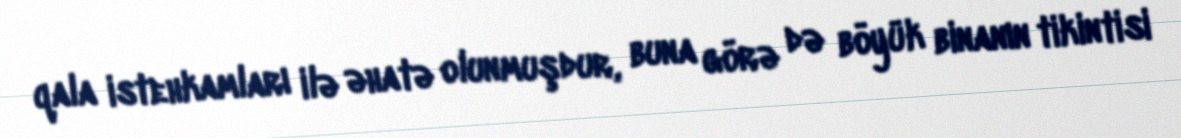
qala istehkamları ilə əhatə olunmuşdur, buna görə də böyük binanın tikintisi